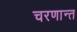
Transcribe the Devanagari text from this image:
चरणान्त